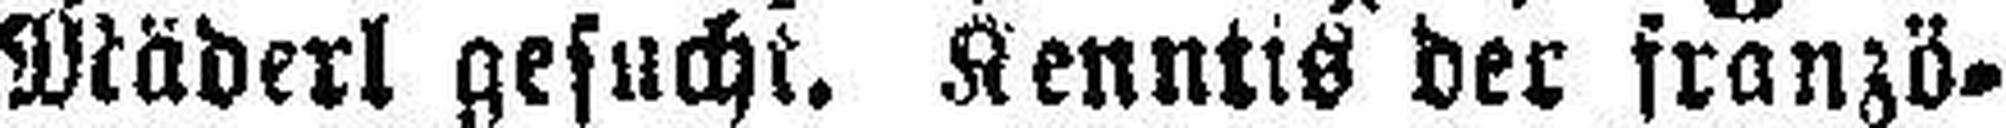
Mäderl gesucht. Kenntis der franzö¬